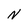
Character: N